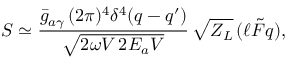
S \simeq \frac { \bar { g } _ { a \gamma } \, ( 2 \pi ) ^ { 4 } \delta ^ { 4 } ( q - q ^ { \prime } ) } { \sqrt { 2 \omega V \, 2 E _ { a } V } } \, \sqrt { Z _ { L } } \, ( \ell \tilde { F } q ) ,